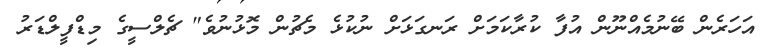
އަހަރެން ބޭނުމެއްނޫން އުފާ ކުރާކަމަށް ރަނގަޅަށް ނުކުޅެ މެޗުން މޮޅުނުވެ" ޗެލްސީގެ މިޑްފީލްޑަރު